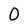
Character: 0